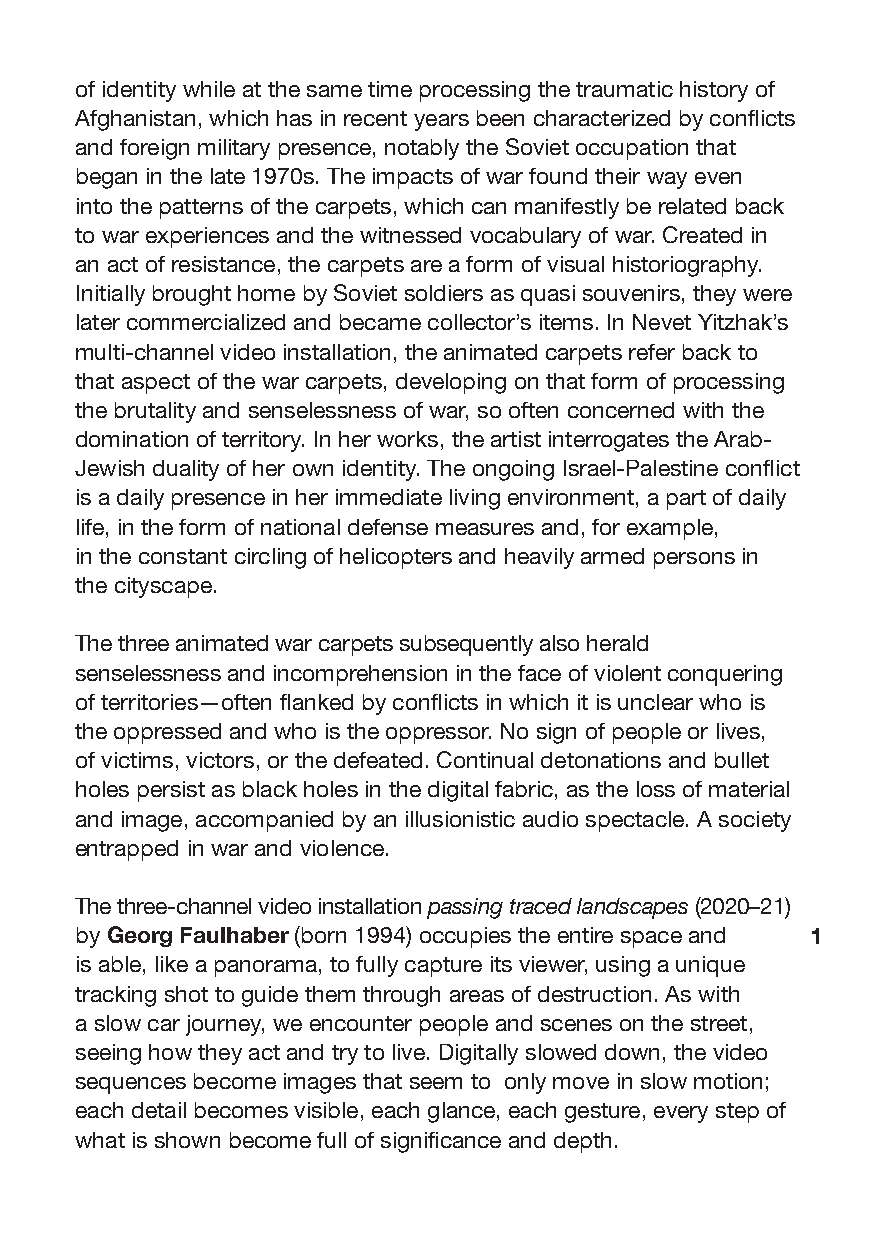
of identity while at the same time processing the traumatic history of
 Afghanistan, which has in recent years been characterized by conflicts
 and foreign military presence, notably the Soviet occupation that
 began in the late 1970s. The impacts of war found their way even
 into the patterns of the carpets, which can manifestly be related back
 to war experiences and the witnessed vocabulary of war. Created in
 an act of resistance, the carpets are a form of visual historiography.
 Initially brought home by Soviet soldiers as quasi souvenirs, they were
 later commercialized and became collector’s items. In Nevet Yitzhak’s
 multi-channel video installation, the animated carpets refer back to
 that aspect of the war carpets, developing on that form of processing
 the brutality and senselessness of war, so often concerned with the
 domination of territory. In her works, the artist interrogates the Arab-
 Jewish duality of her own identity. The ongoing Israel-Palestine conflict
 is a daily presence in her immediate living environment, a part of daily
 life, in the form of national defense measures and, for example,
 in the constant circling of helicopters and heavily armed persons in
 the cityscape.
 The three animated war carpets subsequently also herald
 senselessness and incomprehension in the face of violent conquering
 of territories—often flanked by conflicts in which it is unclear who is
 the oppressed and who is the oppressor. No sign of people or lives,
 of victims, victors, or the defeated. Continual detonations and bullet
 holes persist as black holes in the digital fabric, as the loss of material
 and image, accompanied by an illusionistic audio spectacle. A society
 entrapped in war and violence.
 The three-channel video installation passing traced landscapes (2020–21)
 by Georg Faulhaber (born 1994) occupies the entire space and 1
 is able, like a panorama, to fully capture its viewer, using a unique
 tracking shot to guide them through areas of destruction. As with
 a slow car journey, we encounter people and scenes on the street,
 seeing how they act and try to live. Digitally slowed down, the video
 sequences become images that seem to only move in slow motion;
 each detail becomes visible, each glance, each gesture, every step of
 what is shown become full of significance and depth.